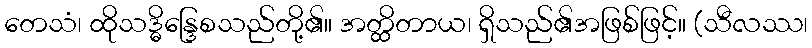
တေသံ၊ ထိုသဒ္ဓိန္ဒြေစသည်တို့၏။ အတ္ထိတာယ၊ ရှိသည်၏အဖြစ်ဖြင့်။ (သီလဿ၊